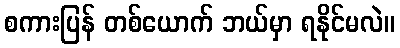
စကားပြန် တစ်ယောက် ဘယ်မှာ ရနိုင်မလဲ။